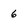
Character: 6